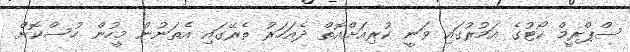
ސްޕްރީމް ކޯޓުގެ އަމުރުގައި ވަނީ ކުރިއަށްއޮތް ދެއަހަރު ތެރޭގައި އެތަނުން މީހުން ހުސްކޮށް